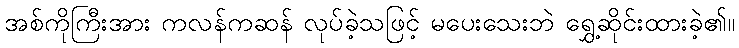
အစ်ကိုကြီးအား ကလန်ကဆန် လုပ်ခဲ့သဖြင့် မပေးသေးဘဲ ရွှေ့ဆိုင်းထားခဲ့၏။